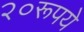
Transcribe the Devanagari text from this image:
२०रूपये